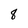
Character: 8